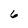
Character: 6